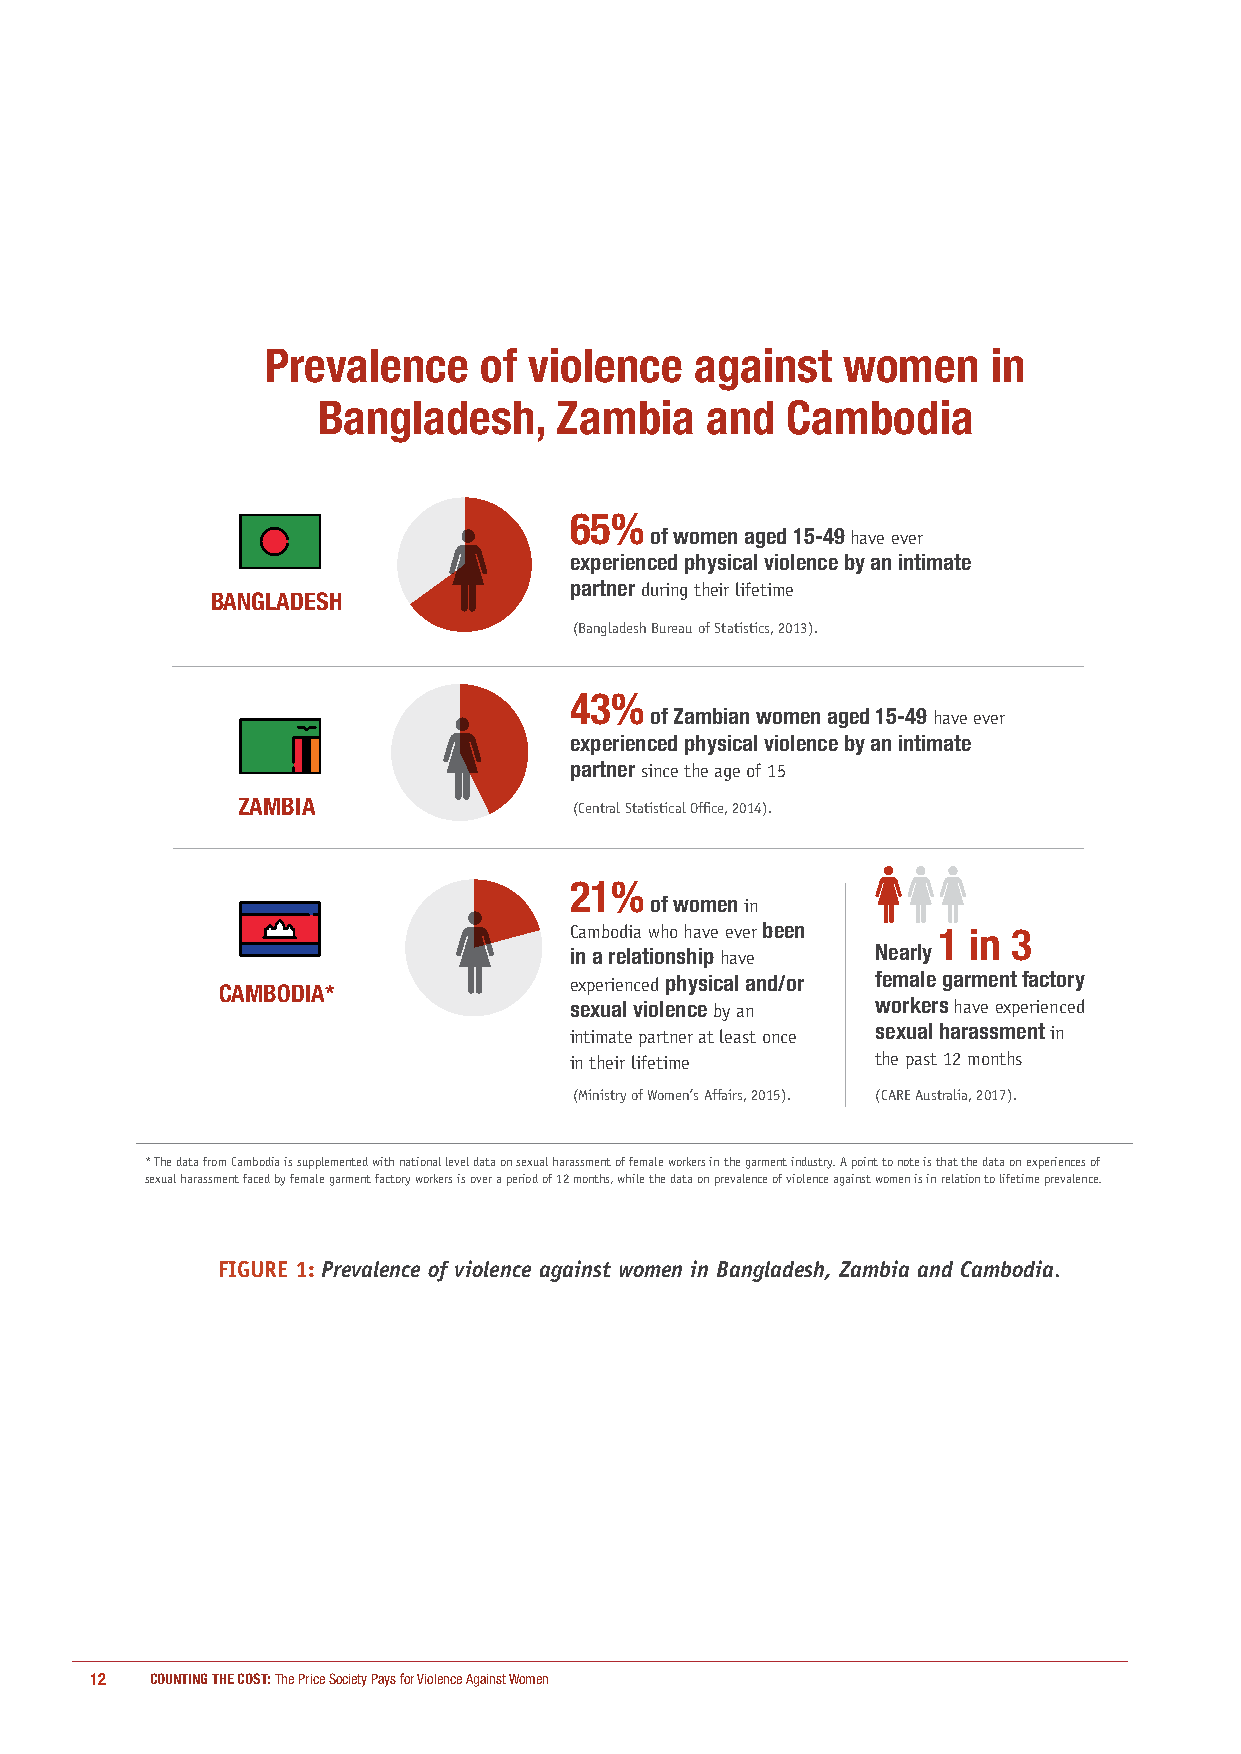
Prevalence    of violence   against   women     in
 Bangladesh,     Zambia    and  Cambodia
 65%
 of women aged 15-49 have ever
 experienced physical violence by an intimate
 partner during their lifetime
 BANGLADESH
 (Bangladesh Bureau of Statistics, 2013).
 43%
 of Zambian women aged 15-49 have ever
 experienced physical violence by an intimate
 partner since the age of 15
 ZAMBIA                (Central Statistical Office, 2014).
 21%
 of women in
 Cambodia who have ever been 1 in 3
 in a relationship have Nearly
 CAMBODIA*              experienced physical and/or female garment factory
 sexual violence by an workers have experienced
 intimate partner at least once sexual harassment in
 in their lifetime   the past 12 months
 (Ministry of Women’s Affairs, 2015). (CARE Australia, 2017).
 * The data from Cambodia is supplemented with national level data on sexual harassment of female workers in the garment industry. A point to note is that the data on experiences of
 sexual harassment faced by female garment factory workers is over a period of 12 months, while the data on prevalence of violence against women is in relation to lifetime prevalence.
 FIGURE 1: Prevalence of violence against women in Bangladesh, Zambia and Cambodia.
 12  COUNTING THE COST: The Price Society Pays for Violence Against Women